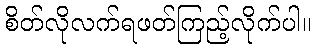
စိတ်လိုလက်ရဖတ်ကြည့်လိုက်ပါ။